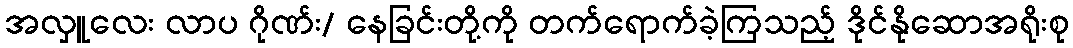
အလှူလေး လာပ ဂိုဏ်း/ နေခြင်းတို့ကို တက်ရောက်ခဲ့ကြသည့် ဒိုင်နိုဆောအရိုးစု